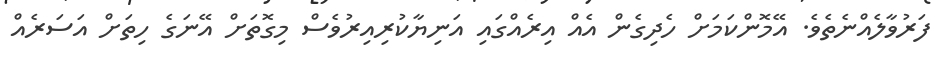
ފަރުވާލެއްނެތެވެ. އޭމޮންކަމަށް ހެދިގެން އެއް އިރެއްގައި އަނިޔާކުރިއިރުވެސް މިގޮތަށް އޭނަގެ ހިތަށް އަސަރެއް